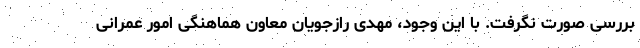
بررسی صورت نگرفت. با این وجود، مهدی رازجویان معاون هماهنگی امور عمرانی